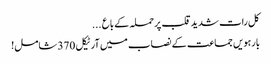
کل رات شدید قلب پرحملہ کے باع ...
بارہویں جماعت کے نصاب میں آرٹیکل 370 شامل!